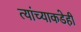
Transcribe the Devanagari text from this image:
त्यांच्याकडेही